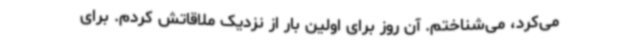
می‌کرد، می‌شناختم. آن روز برای اولین بار از نزدیک ملاقاتش کردم. برای